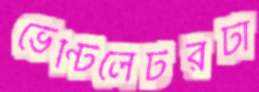
ভেন্টিলেটরটা